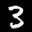
Label: 3